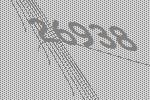
26938